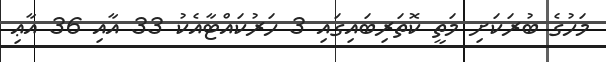
މަހުގެ ބުރަކަށި މަތީ ކޮތަރިބައިގައި 3 ހަރުކައްޓާއެކު 33 އާއި 36 އާޢި